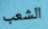
الشعب